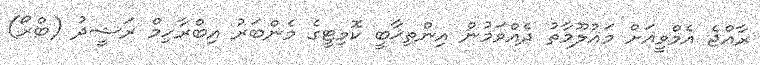
ރާއްޖެ އެމްވީއަށް މައުލޫމާތު ދެއްވަމުން އިންތިޚާބީ ކޮމިޓީގެ މެންބަރު އިބްރާހިމް ރަޝީދު (ބްރޯ)